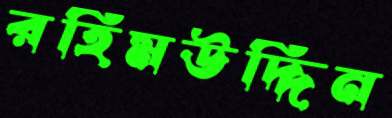
রহিমউদ্দিন